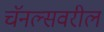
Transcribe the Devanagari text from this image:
चॅनल्सवरील